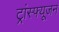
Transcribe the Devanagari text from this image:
ट्रांस्फ्यूजन